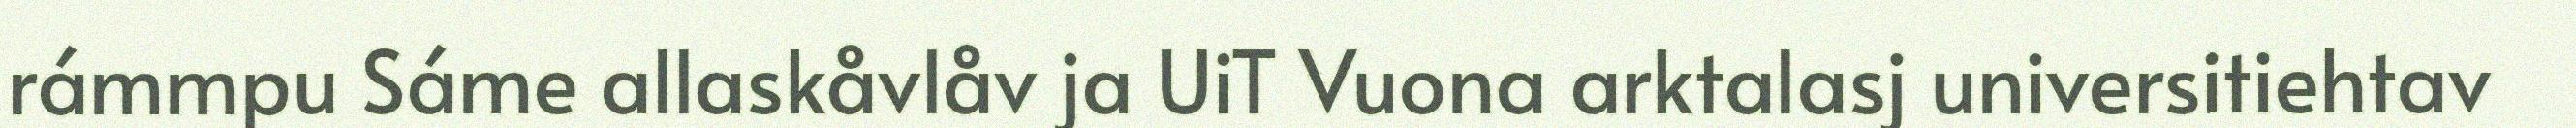
rámmpu Sáme allaskåvlåv ja UiT Vuona arktalasj universitiehtav